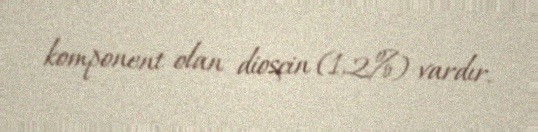
komponent olan diosçin (1,2%) vardır.